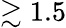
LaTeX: \gtrsim 1.5